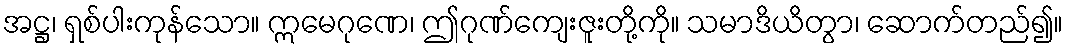
အဋ္ဌ၊ ရှစ်ပါးကုန်သော။ ဣမေဂုဏေ၊ ဤဂုဏ်ကျေးဇူးတို့ကို။ သမာဒိယိတွာ၊ ဆောက်တည်၍။